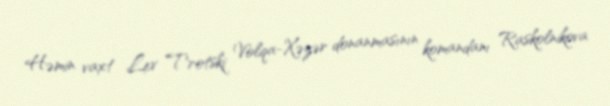
Həmin vaxt Lev Trotski Volqa-Xəzər donanmasının komandanı Raskolnikova